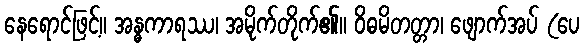
နေရောင်ဖြင့်။ အန္ဓကာရဿ၊ အမိုက်တိုက်၏။ ဝိဓမိတတ္တာ၊ ဖျောက်အပ် (ပေ